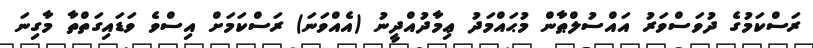
ރަސްކަމުގެ ދުވަސްވަރު އައްސުލްޠާން މުޙައްމަދު ޢިމާދުއްދީނު (އެއްވަނަ) ރަސްކަމަށް އިސްވެ ވަޑައިގަތްތާ މާގިނަ